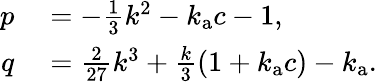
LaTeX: \begin{array}{rl}{p}&{{}=-\frac{1}{3}k^{2}-k_{\mathrm{a}}c-1,}\\ {q}&{{}=\frac{2}{27}k^{3}+\frac{k}{3}\left(1+k_{\mathrm{a}}c\right)-k_{\mathrm{a}}.}\end{array}